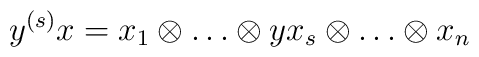
y^{(s)}x=x_1\otimes\ldots\otimes yx_s\otimes\ldots\otimes x_n